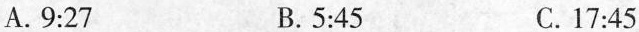
A.9:27 B.5:45 C.17:45